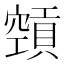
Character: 𥨨